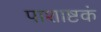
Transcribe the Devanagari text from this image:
पाशाष्टकं